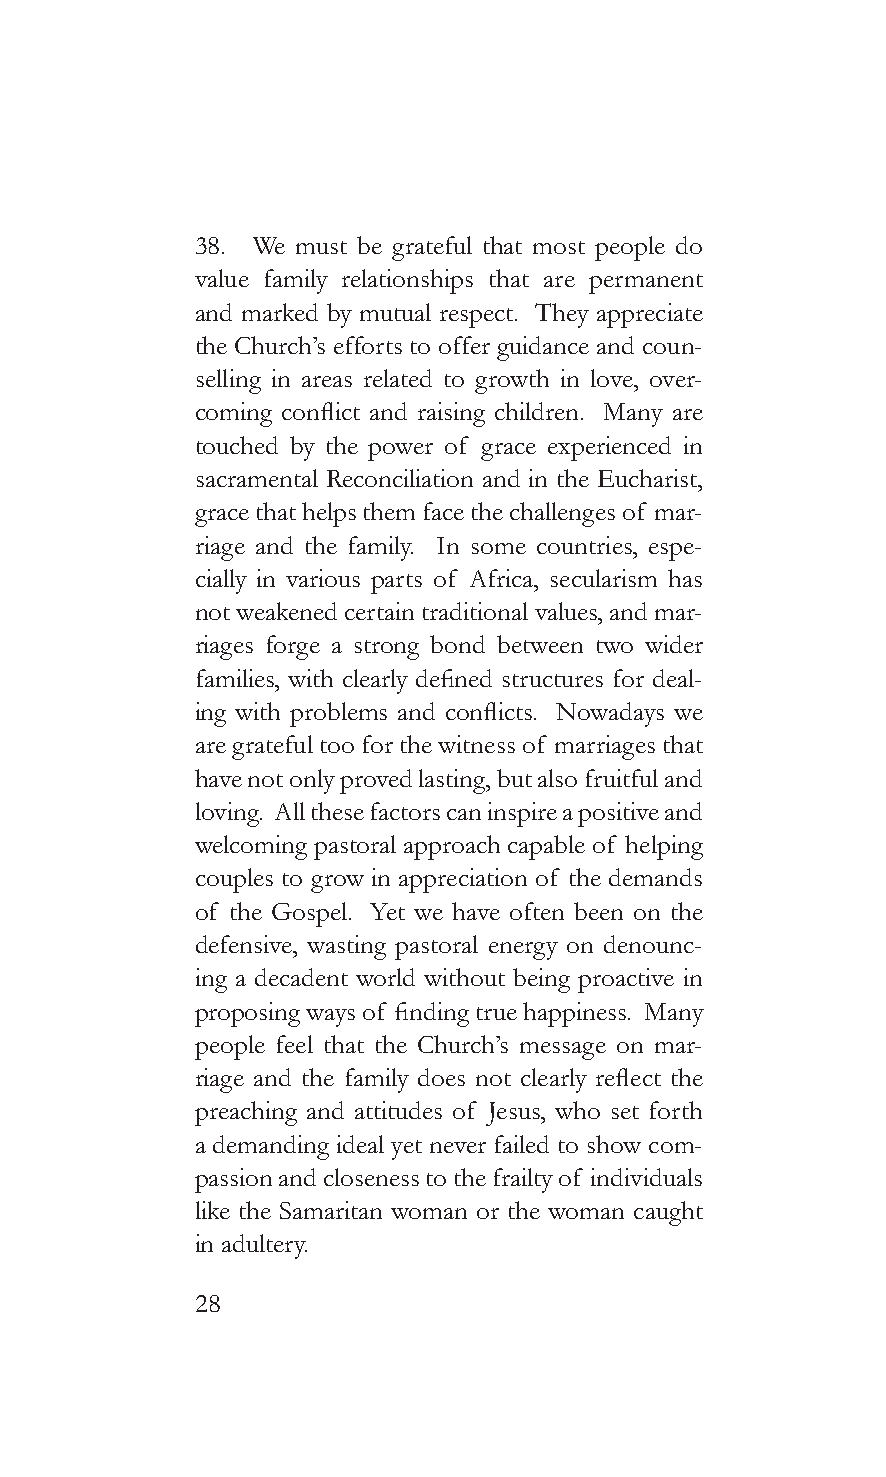
38. We must be grateful that most people do
 value family relationships that are permanent
 and marked by mutual respect. They appreciate
 the Church’s efforts to offer guidance and coun-
 selling in areas related to growth in love, over-
 coming conflict and raising children. Many are
 touched by the power of grace experienced in
 sacramental Reconciliation and in the Eucharist,
 grace that helps them face the challenges of mar-
 riage and the family. In some countries, espe-
 cially in various parts of Africa, secularism has
 not weakened certain traditional values, and mar-
 riages forge a strong bond between two wider
 families, with clearly defined structures for deal-
 ing with problems and conflicts. Nowadays we
 are grateful too for the witness of marriages that
 have not only proved lasting, but also fruitful and
 loving. All these factors can inspire a positive and
 welcoming pastoral approach capable of helping
 couples to grow in appreciation of the demands
 of the Gospel. Yet we have often been on the
 defensive, wasting pastoral energy on denounc-
 ing a decadent world without being proactive in
 proposing ways of finding true happiness. Many
 people feel that the Church’s message on mar-
 riage and the family does not clearly reflect the
 preaching and attitudes of Jesus, who set forth
 a demanding ideal yet never failed to show com-
 passion and closeness to the frailty of individuals
 like the Samaritan woman or the woman caught
 in adultery.
 28